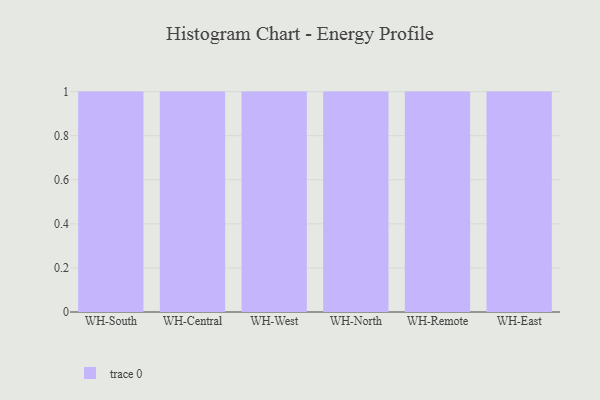
{"axis": {"x": "Warehouse", "y": "Satisfaction Score"}, "legend": [""], "data": [{"x": "WH-South", "y": 65, "type": ""}, {"x": "WH-Central", "y": 80, "type": ""}, {"x": "WH-West", "y": 10, "type": ""}, {"x": "WH-North", "y": 14, "type": ""}, {"x": "WH-Remote", "y": 87, "type": ""}, {"x": "WH-East", "y": 32, "type": ""}]}